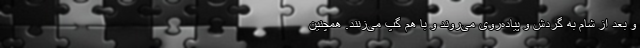
و بعد از شام به گردش و پیاده‌روی می‌روند و با هم گپ می‌زنند. همچنین